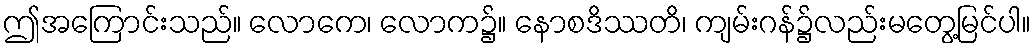
ဤအကြောင်းသည်။ လောကေ၊ လောက၌။ နောစဒိဿတိ၊ ကျမ်းဂန်၌လည်းမတွေ့မြင်ပါ။